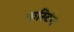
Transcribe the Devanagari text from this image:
कर्स्टिन